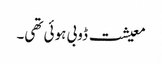
معیشت ڈوبی ہوئی تھی۔